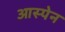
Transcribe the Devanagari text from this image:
आस्पेन